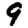
Digit: 9